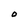
Character: O